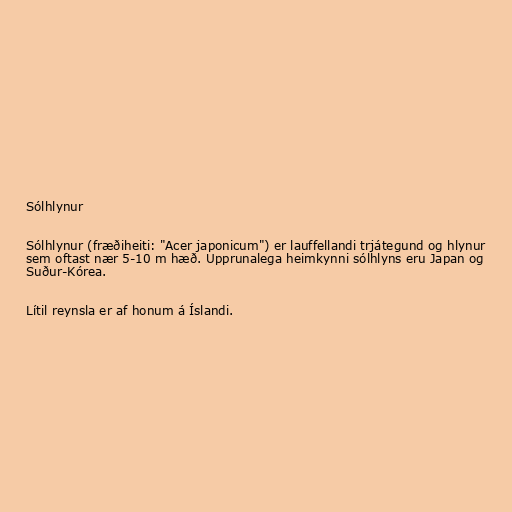
Sólhlynur

Sólhlynur (fræðiheiti: "Acer japonicum") er lauffellandi trjátegund og hlynur
sem oftast nær 5-10 m hæð. Upprunalega heimkynni sólhlyns eru Japan og
Suður-Kórea.

Lítil reynsla er af honum á Íslandi.